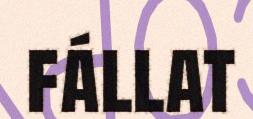
fállat